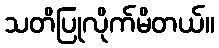
သတိပြုလိုက်မိတယ်။